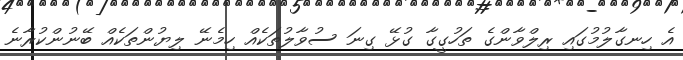
އެ ހިނގާލުމުގައި ރިލްވާންގެ ތަހުގީގާ ގުޅޭ ގިނަ ސުވާލުތަކެއް ހިމެނޭ ލިޔުންތަކެއް ބޭނުންކުރާނެ